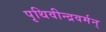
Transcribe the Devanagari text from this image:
पृथिवीन्द्रवर्मन्